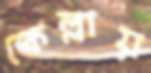
কেল্লায়